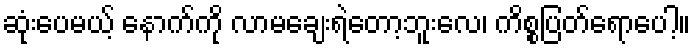
ဆုံးပေမယ့် နောက်ကို လာမချေးရဲတော့ဘူးလေ၊ ကိစ္စပြတ်ရောပေါ့။